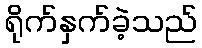
ရိုက်နှက်ခဲ့သည်